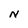
Character: N